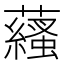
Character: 𧂩